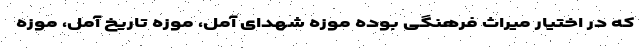
که در اختیار میراث فرهنگی بوده موزه شهدای آمل، موزه تاریخ آمل، موزه